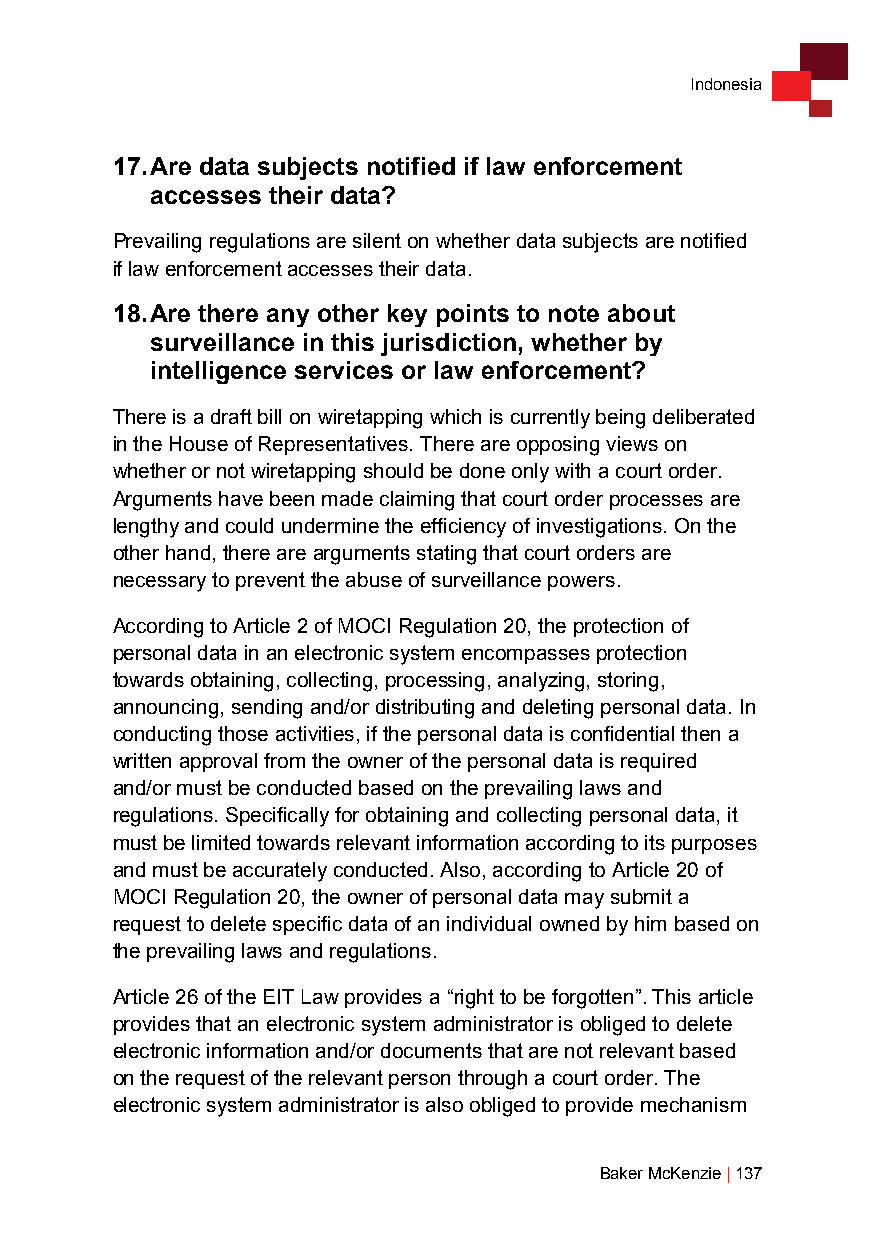
Indonesia
 17. Are data subjects notified if law enforcement
 accesses their data?
 Prevailing regulations are silent on whether data subjects are notified
 if law enforcement accesses their data.
 18. Are there any other key points to note about
 surveillance in this jurisdiction, whether by
 intelligence services or law enforcement?
 There is a draft bill on wiretapping which is currently being deliberated
 in the House of Representatives. There are opposing views on
 whether or not wiretapping should be done only with a court order.
 Arguments have been made claiming that court order processes are
 lengthy and could undermine the efficiency of investigations. On the
 other hand, there are arguments stating that court orders are
 necessary to prevent the abuse of surveillance powers.
 According to Article 2 of MOCI Regulation 20, the protection of
 personal data in an electronic system encompasses protection
 towards obtaining, collecting, processing, analyzing, storing,
 announcing, sending and/or distributing and deleting personal data. In
 conducting those activities, if the personal data is confidential then a
 written approval from the owner of the personal data is required
 and/or must be conducted based on the prevailing laws and
 regulations. Specifically for obtaining and collecting personal data, it
 must be limited towards relevant information according to its purposes
 and must be accurately conducted. Also, according to Article 20 of
 MOCI Regulation 20, the owner of personal data may submit a
 request to delete specific data of an individual owned by him based on
 the prevailing laws and regulations.
 Article 26 of the EIT Law provides a “right to be forgotten”. This article
 provides that an electronic system administrator is obliged to delete
 electronic information and/or documents that are not relevant based
 on the request of the relevant person through a court order. The
 electronic system administrator is also obliged to provide mechanism
 Baker McKenzie | 137